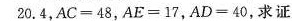
20.4$$，$$A C = 48$$，$$A E = 17$$，$$A D = 40$$，求证